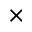
\times